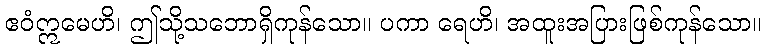
ဧဝံဣမေဟိ၊ ဤသို့သဘောရှိကုန်သော။ ပကာ ရေဟိ၊ အထူးအပြားဖြစ်ကုန်သော။